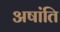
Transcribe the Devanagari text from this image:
अषांति